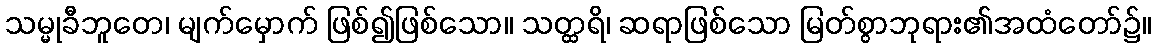
သမ္မုခီဘူတေ၊ မျက်မှောက် ဖြစ်၍ဖြစ်သော။ သတ္ထရိ၊ ဆရာဖြစ်သော မြတ်စွာဘုရား၏အထံတော်၌။